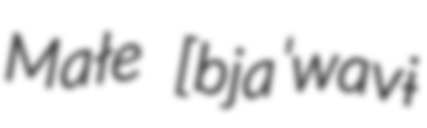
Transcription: Małe [bjaˈwavɨ